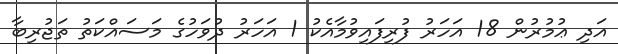
އަދި ޢުމުރުން 18 އަހަރު ފުރިފައިވުމާއެކު 1 އަހަރު ދުވަހުގެ މަސައްކަތު ތަޖުރިބާ